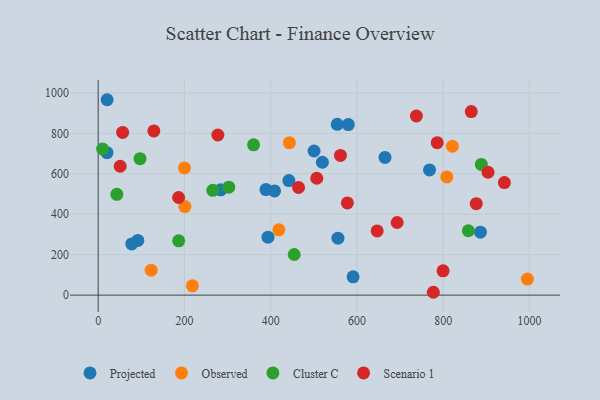
{"axis": {"x": "Study Hours", "y": "Salary"}, "legend": ["Cluster C", "Observed", "Projected", "Scenario 1"], "data": [{"x": "519.9", "y": 656.8, "type": "Projected"}, {"x": "91.9", "y": 270.2, "type": "Projected"}, {"x": "393.8", "y": 286.5, "type": "Projected"}, {"x": "886.4", "y": 310.9, "type": "Projected"}, {"x": "665.2", "y": 680.6, "type": "Projected"}, {"x": "591.1", "y": 90.6, "type": "Projected"}, {"x": "580.1", "y": 843.3, "type": "Projected"}, {"x": "284.2", "y": 520.5, "type": "Projected"}, {"x": "554.4", "y": 844.3, "type": "Projected"}, {"x": "20.5", "y": 704.4, "type": "Projected"}, {"x": "768.4", "y": 619.0, "type": "Projected"}, {"x": "389.0", "y": 521.9, "type": "Projected"}, {"x": "20.7", "y": 966.0, "type": "Projected"}, {"x": "409.0", "y": 514.9, "type": "Projected"}, {"x": "556.0", "y": 281.4, "type": "Projected"}, {"x": "77.8", "y": 253.1, "type": "Projected"}, {"x": "500.6", "y": 712.6, "type": "Projected"}, {"x": "442.3", "y": 566.1, "type": "Projected"}, {"x": "122.9", "y": 123.5, "type": "Observed"}, {"x": "443.3", "y": 753.8, "type": "Observed"}, {"x": "995.3", "y": 79.2, "type": "Observed"}, {"x": "821.5", "y": 735.9, "type": "Observed"}, {"x": "808.4", "y": 584.4, "type": "Observed"}, {"x": "201.1", "y": 437.8, "type": "Observed"}, {"x": "200.1", "y": 628.6, "type": "Observed"}, {"x": "218.6", "y": 46.1, "type": "Observed"}, {"x": "419.0", "y": 322.6, "type": "Observed"}, {"x": "858.4", "y": 318.1, "type": "Cluster C"}, {"x": "43.3", "y": 498.1, "type": "Cluster C"}, {"x": "360.3", "y": 742.8, "type": "Cluster C"}, {"x": "186.7", "y": 268.3, "type": "Cluster C"}, {"x": "454.6", "y": 200.7, "type": "Cluster C"}, {"x": "265.8", "y": 518.0, "type": "Cluster C"}, {"x": "97.0", "y": 674.3, "type": "Cluster C"}, {"x": "302.9", "y": 533.4, "type": "Cluster C"}, {"x": "888.5", "y": 645.9, "type": "Cluster C"}, {"x": "10.3", "y": 722.4, "type": "Cluster C"}, {"x": "693.3", "y": 359.1, "type": "Scenario 1"}, {"x": "647.0", "y": 317.4, "type": "Scenario 1"}, {"x": "786.3", "y": 753.8, "type": "Scenario 1"}, {"x": "129.1", "y": 811.6, "type": "Scenario 1"}, {"x": "56.7", "y": 804.3, "type": "Scenario 1"}, {"x": "799.8", "y": 120.1, "type": "Scenario 1"}, {"x": "942.0", "y": 556.2, "type": "Scenario 1"}, {"x": "186.5", "y": 482.7, "type": "Scenario 1"}, {"x": "904.1", "y": 607.5, "type": "Scenario 1"}, {"x": "464.7", "y": 532.1, "type": "Scenario 1"}, {"x": "51.0", "y": 637.1, "type": "Scenario 1"}, {"x": "506.9", "y": 577.7, "type": "Scenario 1"}, {"x": "737.9", "y": 885.5, "type": "Scenario 1"}, {"x": "577.9", "y": 455.9, "type": "Scenario 1"}, {"x": "561.8", "y": 690.7, "type": "Scenario 1"}, {"x": "777.2", "y": 14.0, "type": "Scenario 1"}, {"x": "277.5", "y": 791.5, "type": "Scenario 1"}, {"x": "876.8", "y": 452.1, "type": "Scenario 1"}, {"x": "865.2", "y": 907.2, "type": "Scenario 1"}]}